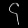
Digit: ၄